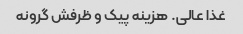
غذا عالی. هزینه پیک و ظرفش گرونه